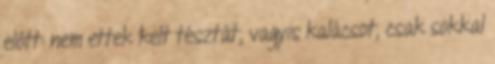
előtt: nem ettek kelt tésztát, vagyis kalácsot, csak sokkal